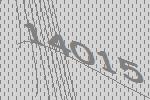
14015